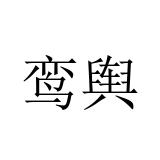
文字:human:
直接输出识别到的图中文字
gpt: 鸾舆